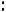
: